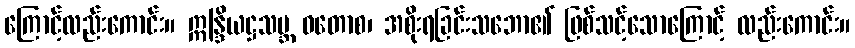
ကြောင့်လည်းကောင်း။ ဣန္ဒြိယဋ္ဌသမ္ဘ ဝတောစ၊ အစိုးရခြင်းသဘော၏ ဖြစ်သင့်သောကြောင့် လည်းကောင်း။